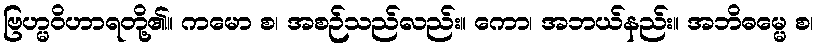
ဗြဟ္မဝိဟာရတို့၏။ ကမော စ၊ အစဉ်သည်လည်း။ ကော၊ အဘယ်နည်း။ အဘိဓမ္မေ စ၊